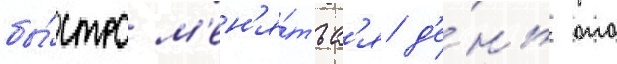
бы́стро м'ен'я́тьс'я д'е́нь ото